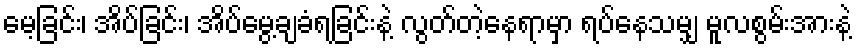
မေ့ခြင်း၊ အိပ်ခြင်း၊ အိပ်မွေ့ချခံရခြင်းနဲ့ လွတ်တဲ့နေရာမှာ ရပ်နေသမျှ မူလစွမ်းအားနဲ့